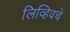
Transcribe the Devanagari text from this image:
लिव्हिवचे